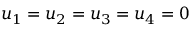
u _ { 1 } = u _ { 2 } = u _ { 3 } = u _ { 4 } = 0